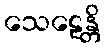
သေဠေန္တိ